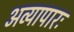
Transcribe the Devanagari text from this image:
अव्यापारः